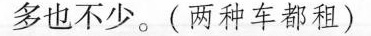
多也不少。（两种车都租）